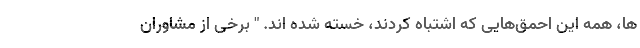
ها، همه این احمق‌هایی که اشتباه کردند، خسته شده اند. " برخی از مشاوران